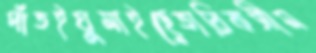
দাঁতইঘুমাইছেতারিকসীম